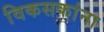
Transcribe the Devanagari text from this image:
विकसकांना